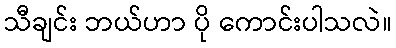
သီချင်း ဘယ်ဟာ ပို ကောင်းပါသလဲ။